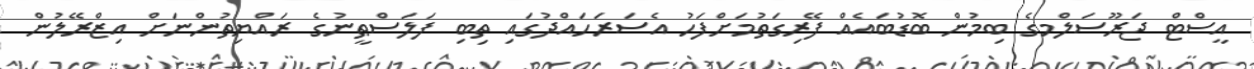
އީސްޓް ޖަރޫސަލްމގެ ބިމުން ބޮޑުބައެއް ފޭރިގަތުމަށްފަހު އެސަރަހައްދުގައި ތިބި ފަލަސްޠީނުގެ ރައްޔިތުންނަށް އިޒްރޭލުން